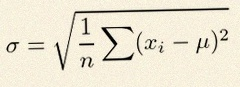
\sigma=\sqrt{\frac1n\sum(x_i-\mu)^2}